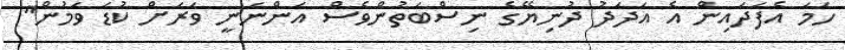
ހަމަ އެފަދައިން އެ އަދަދު ދުނިޔޭގެ ނިސްބަތުންވެސް އަންނަނީ ވަރަށް ކުޑަ ވަމުން"